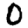
Digit: 0